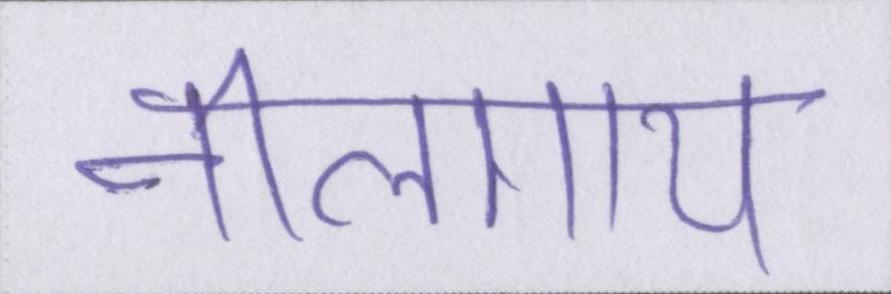
नीलगाय